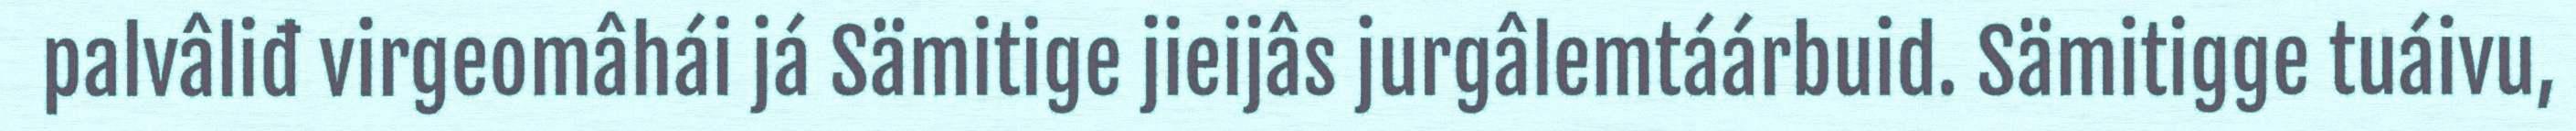
palvâliđ virgeomâhái já Sämitige jieijâs jurgâlemtáárbuid. Sämitigge tuáivu,